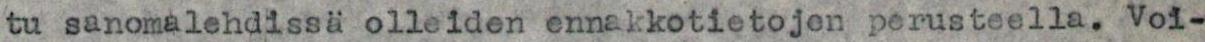
tu sanomalehdissä olleiden ennakkotietojen perusteella. Voi-